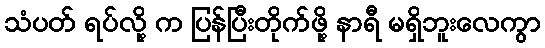
သံပတ် ရပ်လို့ က ပြန်ပြီးတိုက်ဖို့ နာရီ မရှိဘူးလေကွာ